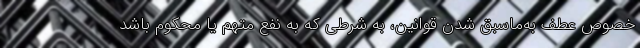
خصوص عطف به‌ماسبق شدن قوانین، به شرطی که به نفع متهم یا محکوم باشد